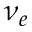
\nu _ { e }